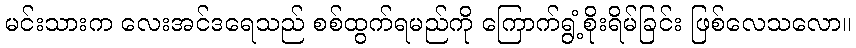
မင်းသားက လေးအင်ဒရေသည် စစ်ထွက်ရမည်ကို ကြောက်ရွံ့စိုးရိမ်ခြင်း ဖြစ်လေသလော။